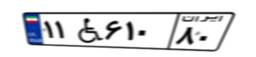
۶۹W۱۴۳۱۸